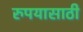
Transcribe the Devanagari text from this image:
रुपयासाठी